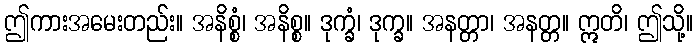
ဤကားအမေးတည်း။ အနိစ္စံ၊ အနိစ္စ။ ဒုက္ခံ၊ ဒုက္ခ။ အနတ္တာ၊ အနတ္တ။ ဣတိ၊ ဤသို့။